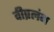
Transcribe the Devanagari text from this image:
वीप्रलंभ